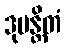
ဒုမန္တိတံ